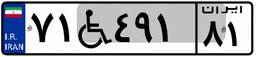
۵۳W۴۷۹۸۶